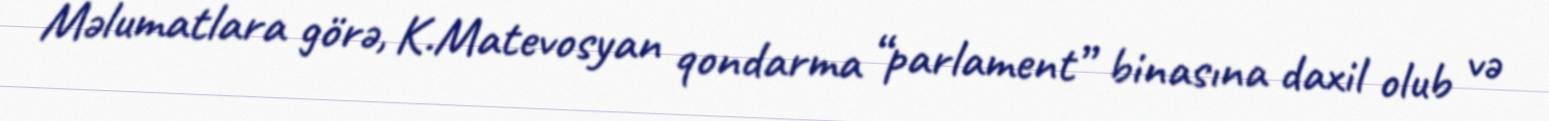
Məlumatlara görə, K.Matevosyan qondarma “parlament” binasına daxil olub və